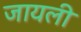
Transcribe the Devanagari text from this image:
जायली